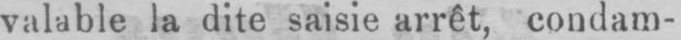
valable la dite saisie arrêt, condam-